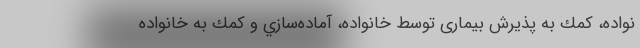
نواده، كمك به پذيرش بیماری توسط خانواده، آماده‌سازي و كمك به خانواده